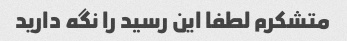
متشکرم لطفا این رسید را نگه دارید